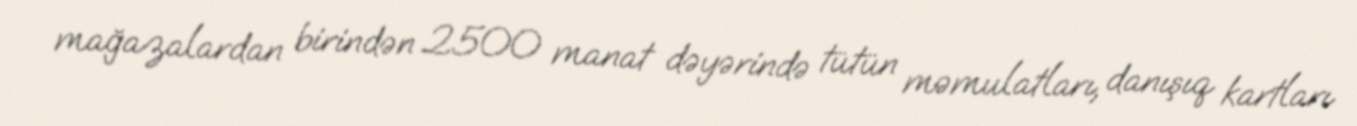
mağazalardan birindən 2500 manat dəyərində tütün məmulatları, danışıq kartları